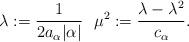
LaTeX: \begin{align*}\lambda := \frac{1}{2a_\alpha \vert \alpha \vert} \ \ \mu^2 : = \frac{\lambda - \lambda^2}{c_{\alpha}}.\end{align*}